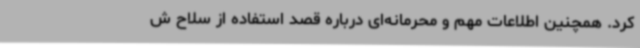
کرد. همچنین اطلاعات مهم و محرمانه‌ای درباره قصد استفاده از سلاح ش